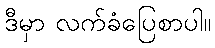
ဒီမှာ လက်ခံပြေစာပါ။